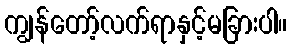
ကျွန်တော့်လက်ရာနှင့်မခြားပါ။